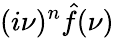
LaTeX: (i\nu)^{n}{\hat{f}}(\nu)